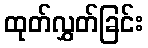
ထုတ်လွှတ်ခြင်း